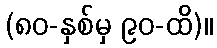
(၈၀-နှစ်မှ ၉၀-ထိ)။